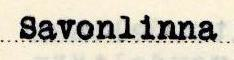
Savonlinna